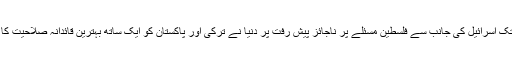
گذشتہ برس سے اب تک اسرائیل کی جانب سے فلسطین مسئلے پر ناجائز پیش رفت پر دنیا نے ترکی اور پاکستان کو ایک ساتھ بہترین قائدانہ صلاحیت کا مظاہرہ کرتے دیکھا۔